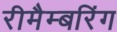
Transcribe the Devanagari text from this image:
रीमैम्बरिंग